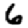
Digit: 6